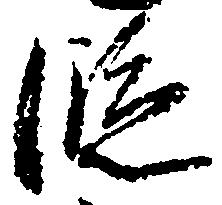
段